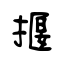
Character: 揠